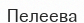
Пелеева